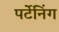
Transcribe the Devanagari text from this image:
पर्टेनिंग